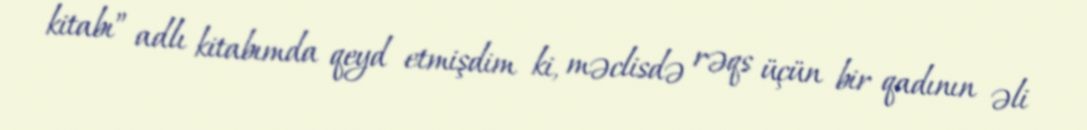
kitabı” adlı kitabımda qeyd etmişdim ki, məclisdə rəqs üçün bir qadının əli